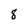
Character: 8